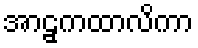
အာဠှကထာလိကာ